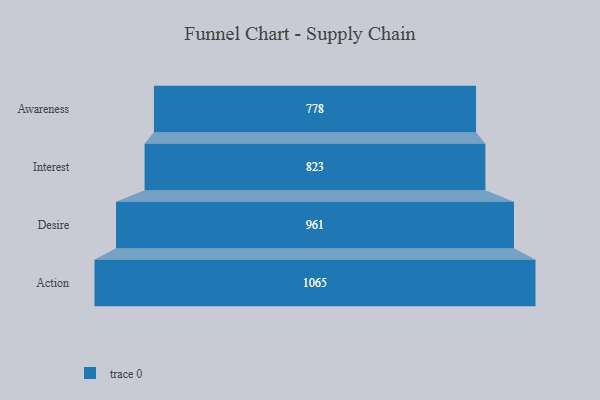
{"axis": {"x": "Stage", "y": "Value"}, "legend": [""], "data": [{"x": "Awareness", "y": 778.0, "type": ""}, {"x": "Interest", "y": 823.0, "type": ""}, {"x": "Desire", "y": 961.0, "type": ""}, {"x": "Action", "y": 1065.0, "type": ""}]}